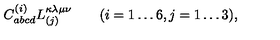
C _ { a b c d } ^ { ( i ) } L _ { ( j ) } ^ { \kappa \lambda \mu \nu } \qquad ( i = 1 \ldots 6 , j = 1 \ldots 3 ) ,